Report on horse surra - Volume I
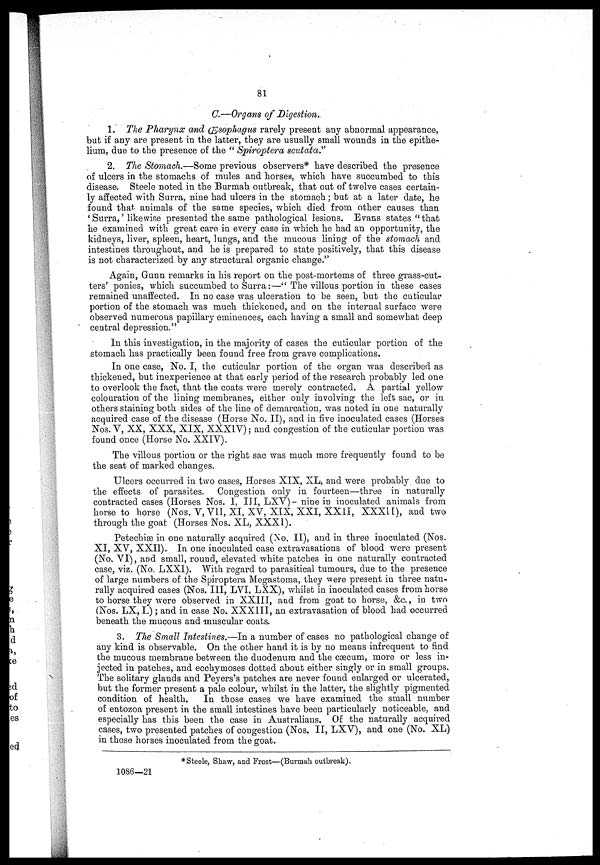
81
C.—Organs of Digestion.
1. The Pharynx and Œsophagus rarely present any abnormal appearance,
but if any are present in the latter, they are usually small wounds in the epithe-
lium, due to the presence of the " Spiroptera scutata."
2. The Stomach.—Some previous observers* have described the presence
of ulcers in the stomachs of mules and horses, which have succumbed to this
disease. Steele noted in the Burmah outbreak, that out of twelve cases certain-
ly affected with Surra, nine had ulcers in the stomach; but at a later date, he
found that animals of the same species, which died from other causes than
'Surra,' likewise presented the same pathological lesions. Evans states "that
he examined with great care in every case in which he had an opportunity, the
kidneys, liver, spleen, heart, lungs, and the mucous lining of the stomach and
intestines throughout, and he is prepared to state positively, that this disease
is not characterized by any structural organic change."
Again, Gunn remarks in his report on the post-mortems of three grass-cut-
ters' ponies, which succumbed to Surra:—" The villous portion in these cases
remained unaffected. In no case was ulceration to be seen, but the cuticular
portion of the stomach was much thickened, and on the internal surface were
observed numerous papillary eminences, each having a small and somewhat deep
central depression."
In this investigation, in the majority of cases the cuticular portion of the
stomach has practically been found free from grave complications.
In one case, No. I, the cuticular portion of the organ was described as
thickened, but inexperience at that early period of the research probably led one
to overlook the fact, that the coats were merely contracted. A. partial yellow
colouration of the lining membranes, either only involving the left sac, or in
others staining both sides of the line of demarcation, was noted in one naturally
acquired case of the disease (Horse No. II), and in five inoculated cases (Horses
Nos. V, XX, XXX, XIX, XXXIV); and congestion of the cuticular portion was
found once (Horse No. XXIV).
The villous portion or the right sac was much more frequently found to be
the seat of marked changes.
Ulcers occurred in two cases, Horses XIX, XL, and were probably due to
the effects of parasites. Congestion only in fourteen—three in naturally
contracted cases (Horses Nos. I, III, LXV)- nine in inoculated animals from
horse to horse (Nos. V,VI1, XI, XV, XIX, XXI, XXII, XXXII), and two
through the goat (Horses Nos. XL, XXXI).
Petechias in one naturally acquired (No. II), and in three inoculated (Nos.
XI, XV, XXII). In one inoculated case extravasations of blood were present
(No, VI), abd small, round, elevated white patches in one naturally contracted
case, viz. (No. LXXI). With regard to parasitical tumours, due to the presence
of large numbers of the Spiroptera Megastoma, they were present in three natu-
rally acquired cases (Nos. III, LVI, LXX), whilst in inoculated cases from horse
to horse they were observed in XXIII, and from goat to horse, &c., in two
(Nos. LX, L) ; and in case No. XXXIII, an extravasation of blood had occurred
beneath the mucous and muscular coats.
3. The Small Intestines.—In a number of cases no pathological change of
any kind is observable. On the other hand it is by no means infrequent to find
the mucous membrane between the duodenum and the cæcum, more or less in-
jected in patches, and ecchymoses dotted about either singly or in small groups.
The solitary glands and Peyers's patches are never found enlarged or ulcerated,
but the former present a pale colour, whilst in the latter, the slightly pigmented
condition of health.
In those cases we have examined the small number
of entozoa present in the small intestines have been particularly noticeable, and
especially has this been the case in Australians. Of the naturally acquired
cases, two presented patches of congestion (Nos. II, LXV), and one (No. XL)
in those horses inoculated from the goat.
* Steele, Shaw, and Frost—(Burmah outbreak).
1086—21